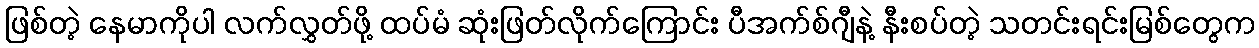
ဖြစ်တဲ့ နေမာကိုပါ လက်လွှတ်ဖို့ ထပ်မံ ဆုံးဖြတ်လိုက်ကြောင်း ပီအက်စ်ဂျီနဲ့ နီးစပ်တဲ့ သတင်းရင်းမြစ်တွေက